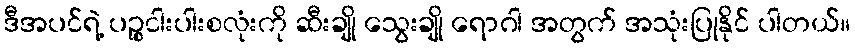
ဒီအပင်ရဲ့ ပဉ္စငါးပါးစလုံးကို ဆီးချို သွေးချို ရောဂါ အတွက် အသုံးပြုနိုင် ပါတယ်။